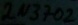
Text: 2N3702